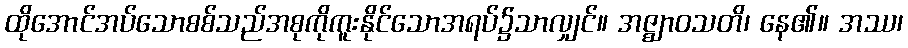
ထိုအောင်အပ်သောစစ်သည်အစုကိုကူးနိုင်သောအရပ်၌သာလျှင်။ အဇ္ဈာဝသတိ၊ နေ၏။ အဿ၊